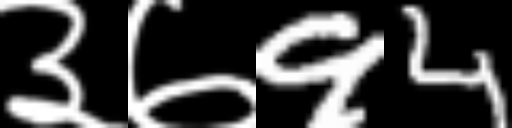
Text: ३७94